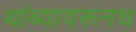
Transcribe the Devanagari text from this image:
थांब्यावरूनच